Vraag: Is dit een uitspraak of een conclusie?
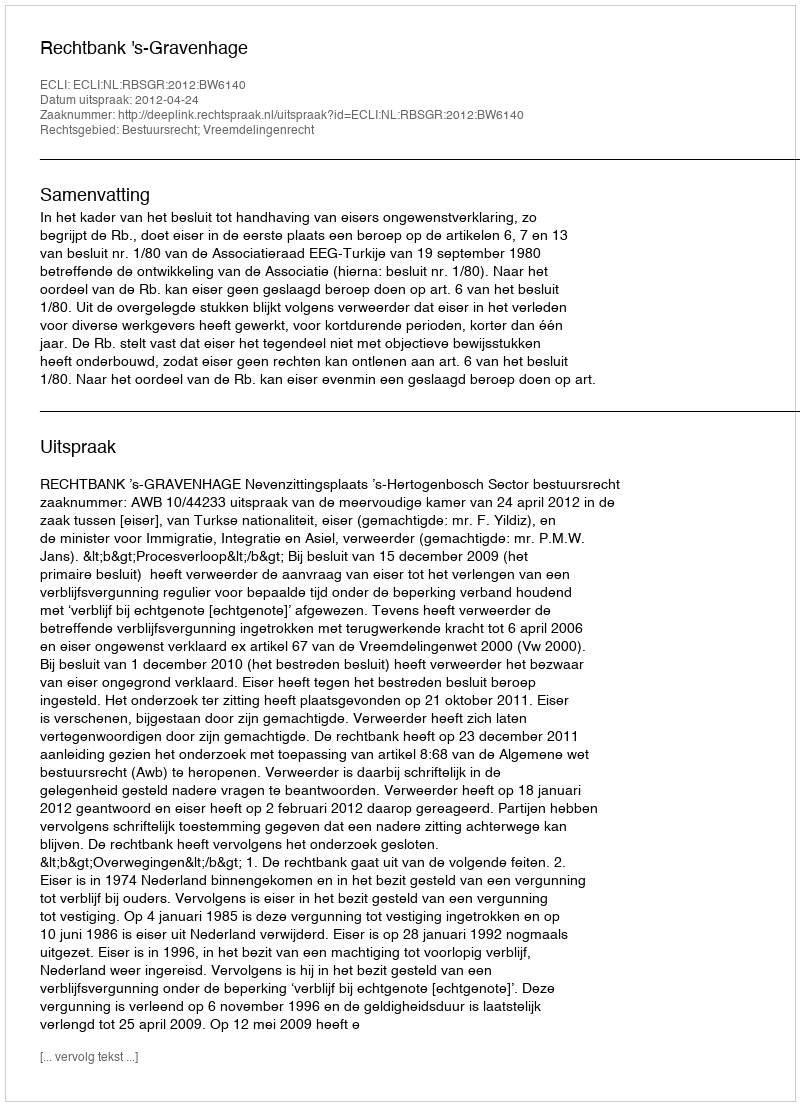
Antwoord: Uitspraak